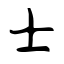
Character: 士